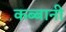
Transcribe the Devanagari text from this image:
कब्बानी